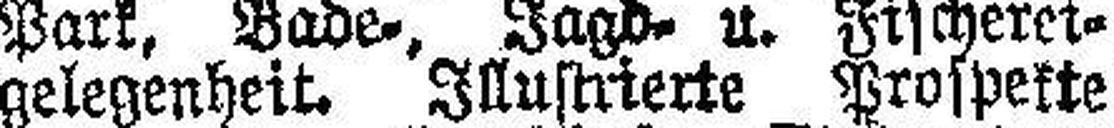
gelegenheit. Illustrierte Prospekte